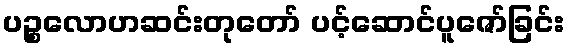
ပဉ္စလောဟဆင်းတုတော် ပင့်ဆောင်ပူဇော်ခြင်း